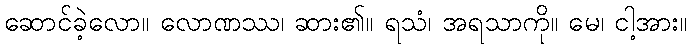
ဆောင်ခဲ့လော။ လောဏဿ၊ ဆား၏။ ရသံ၊ အရသာကို။ မေ၊ ငါ့အား။